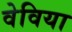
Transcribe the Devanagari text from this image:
वेविया